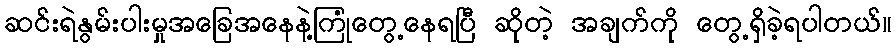
ဆင်းရဲနွမ်းပါးမှုအခြေအနေနဲ့ကြုံတွေ့နေရပြီ ဆိုတဲ့ အချက်ကို တွေ့ရှိခဲ့ရပါတယ်။